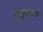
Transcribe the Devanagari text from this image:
धेनुकवध